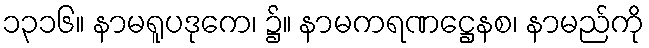
၁၃၁၆။ နာမရူပဒုကေ၊ ၌။ နာမကရဏဋ္ဌေနစ၊ နာမည်ကို